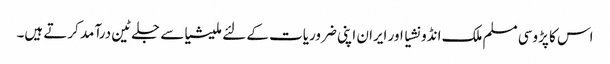
اس کا پڑوسی مسلم ملک انڈونشیا اور ایران اپنی ضروریات کے لئے ملیشیاسے جلے ٹین درآمد کرتے ہیں۔